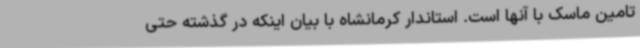
تامین ماسک با آنها است. استاندار کرمانشاه با بیان اینکه در گذشته حتی